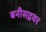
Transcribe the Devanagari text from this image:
बनीसद्रवर